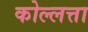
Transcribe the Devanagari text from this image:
कोल्लत्ता